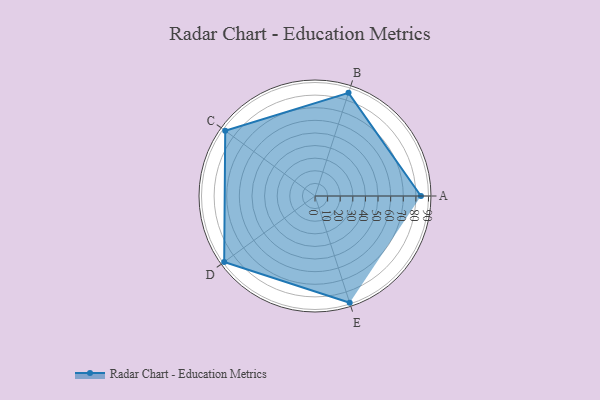
{"axis": {"x": "Skill", "y": "Score"}, "legend": ["Profile"], "data": [{"x": "A", "y": 84.0, "type": "Profile"}, {"x": "B", "y": 86.0, "type": "Profile"}, {"x": "C", "y": 88.0, "type": "Profile"}, {"x": "D", "y": 89.0, "type": "Profile"}, {"x": "E", "y": 89.0, "type": "Profile"}]}